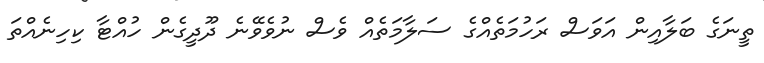
ތީނަގެ ބަލާއިން އަވަސް ރަހުމަތެއްގެ ސަލާމަތެއް ވެސް ނުވެވޭނެ ދޫދީގެން ހުއްޓާ ކިހިނެއްތަ